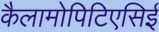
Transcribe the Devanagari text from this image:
कैलामोपिटिएसिई